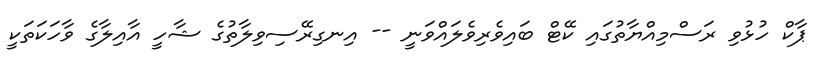
ޕާކް ހުޅުވި ރަސްމިއްޔާތުގައި ކޭޓް ބައިވެރިވެލައްވަނީ -- އިނގިރޭސިވިލާތުގެ ޝާހީ އާއިލާގެ ވާހަކަތަކީ